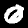
Digit: 0